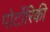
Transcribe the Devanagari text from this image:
पोर्टोरिकी